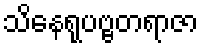
သိနေရုပဗ္ဗတရာဇာ